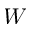
W